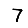
Digit: 7